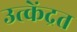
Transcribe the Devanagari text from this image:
उत्केंद्रत